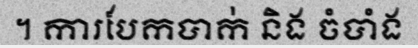
។ ការបែកបាក់ និង ចំបាំង